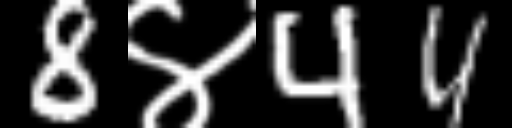
Text: 8४44